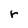
Character: r